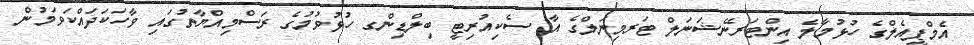
އެމްޕީއެލްގެ ހުޅުމާލެ އިންޓަރނޭޝަނަލް ޓަރމިނަލްގެ އާ ސެކިއުރިޓީ ބިލްޑިންގ ހުޅުވުމުގެ ރަސްމިއްޔާތުގައި ވާހަަކަދައްކަވަމުން